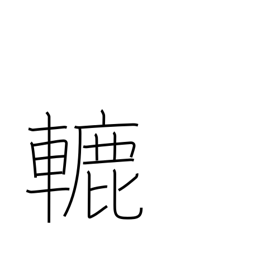
Meaning: roller